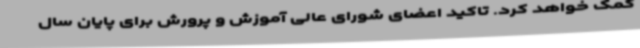
کمک خواهد کرد. تاکید اعضای شورای عالی آموزش و پرورش برای پایان سال